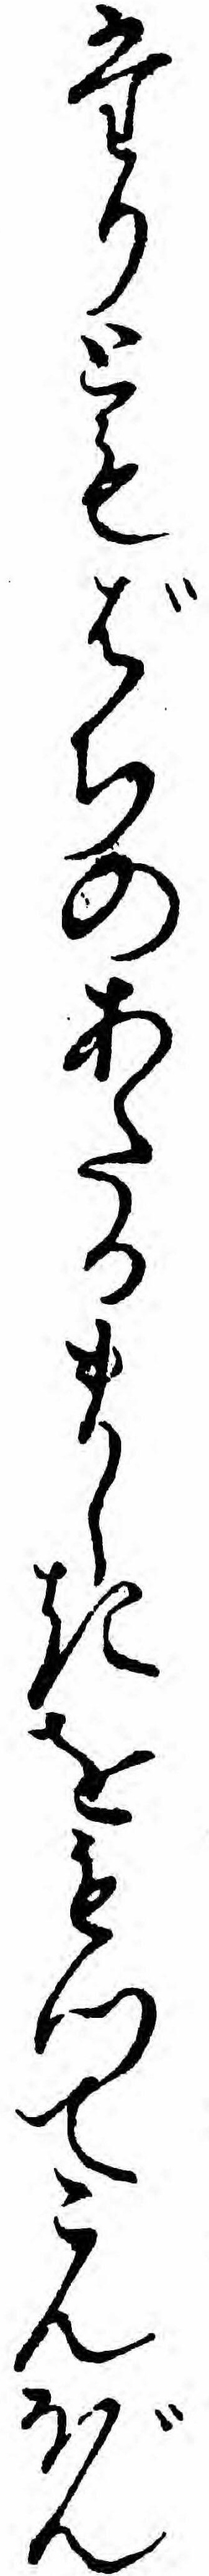
たりともばちのあたるましきをもつてこんぼん